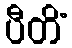
ပီတိံ